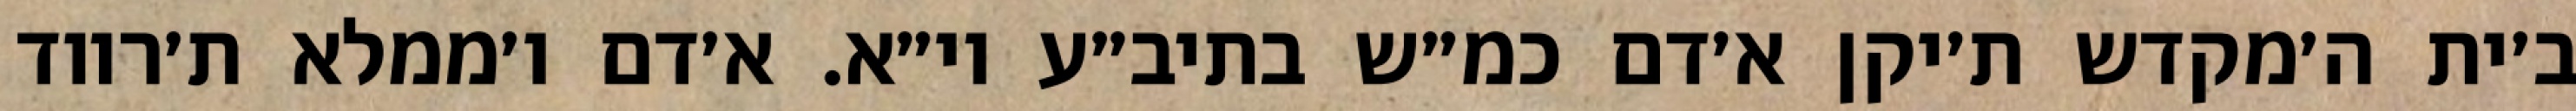
ב׳ית ה׳מקדש ת׳יקן א׳דם כמ״ש בתיב״ע וי״א. א׳דם ו׳ממלא ת׳רווד